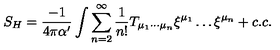
S _ { H } = \frac { - 1 } { 4 \pi \alpha ^ { \prime } } \int \sum _ { n = 2 } ^ { \infty } \frac { 1 } { n ! } T _ { \mu _ { 1 } \cdots \mu _ { n } } \xi ^ { \mu _ { 1 } } \ldots \xi ^ { \mu _ { n } } + c . c .